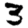
Digit: 3